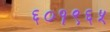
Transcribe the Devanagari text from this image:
६०१९६५